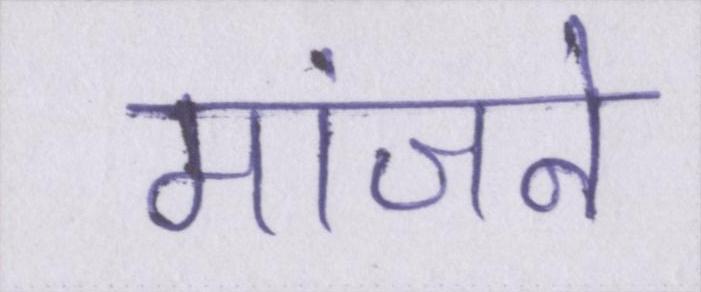
मांजने